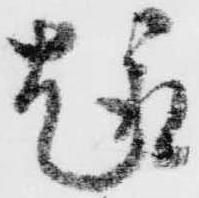
趣